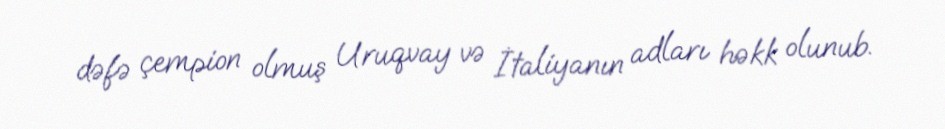
dəfə çempion olmuş Uruqvay və İtaliyanın adları həkk olunub.